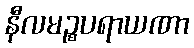
နီလမဉ္စပရာယဏာ